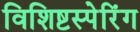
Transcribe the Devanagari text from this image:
विशिष्टस्पेरिंग